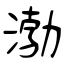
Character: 渤